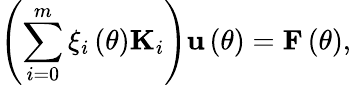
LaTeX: \left(\sum_{i=0}^{m}\xi_{i}\left(\theta\right){\mathbf K}_{i}\right){\mathbf u}\left(\theta\right)={\mathbf F}\left(\theta\right),